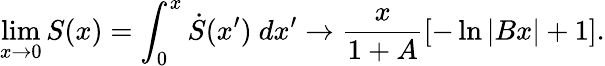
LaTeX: \operatorname*{lim}_{x\rightarrow 0}S(x)=\int_{0}^{x}\dot{S}(x^{\prime})~dx^{\prime}\rightarrow\frac{x}{1+A}\left[-\ln|Bx|+1\right].